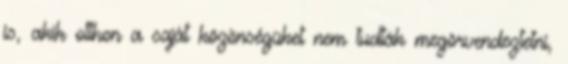
is, akik otthon a saját közönségüket nem tudták megörvendeztetni,